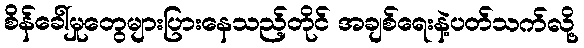
စိန်ခေါ်မှုတွေများပြားနေသည့်တိုင် အချစ်ရေးနဲ့ပတ်သက်လို့